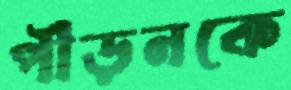
পীড়নকে